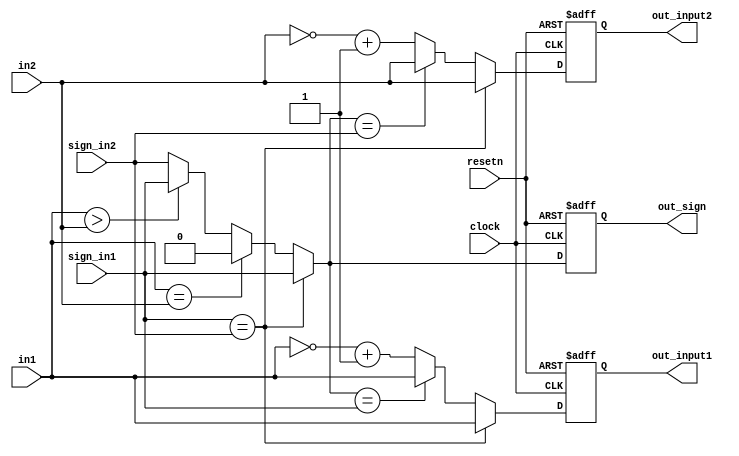
`timescale 1ns / 1ps
//////////////////////////////////////////////////////////////////////////////////
// Company: 
// Engineer: 
// 
// Design Name: 
// Module Name:    fr_adder_pre 
// Project Name: 
// Target Devices: 
// Tool versions: 
// Description: 
//
// Dependencies: 
//
// Revision: 
// Revision 0.01 - File Created
// Additional Comments: 
//
//////////////////////////////////////////////////////////////////////////////////
module fr_adder_pre(clock, resetn, sign_in1, sign_in2, in1, in2, out_input1, out_input2, out_sign);
	input clock, resetn;
	
	input sign_in1, sign_in2;
	input [23:0] in1, in2;

	output reg out_sign;
	output reg [23:0] out_input1, out_input2;
	
	 
	// + or + >> fraction  
	//  Sign       .
			
	// + or + >>     -    2's complement    - overflow .
	//sign=1  , sign=0  
	wire output_sign = (sign_in1 == sign_in2) ? sign_in1 : (in1 == in2) ?	0	: (in1 > in2) ?  sign_in1 : sign_in2;
										//sign 	output 		in1,in20		in1  in1  		in2  in2 
		
	wire [23:0] input1 = (sign_in1 == sign_in2) ? in1 : (output_sign == sign_in1) ? in1 : ~in1+1;
	wire [23:0] input2 = (sign_in1 == sign_in2) ? in2 : (output_sign == sign_in2) ? in2 : ~in2+1;
							//				sign  			    2's complement

	

	always@(posedge clock, negedge resetn) begin
		if(!resetn) begin
			out_sign <= 0;
			out_input1 <= 0;
			out_input2 <= 0;
		end
		else begin
			out_sign <= output_sign;
			out_input1 <= input1;
			out_input2 <= input2;
		end
	end

endmodule